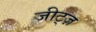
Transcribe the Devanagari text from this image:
जीट्ज़